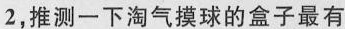
2，推测一下淘气摸球的盒子最有